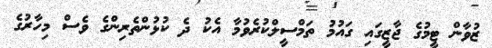
ޒުވާން ޓީމުގެ ޖާޒީގައި ގައުމު ތަމްސީލްކުރެވުމާ އެކު ދެ ކުޅުންތެރިންގެ ވެސް މިހާރުގެ